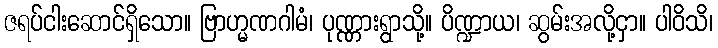
ဇရပ်ငါးဆောင်ရှိသော။ ဗြာဟ္မဏဂါမံ၊ ပုဏ္ဏားရွာသို့။ ပိဏ္ဍာယ၊ ဆွမ်းအလို့ငှာ။ ပါဝိသိ၊